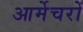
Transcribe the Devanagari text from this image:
आर्मेचरों